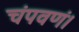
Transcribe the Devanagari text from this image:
चंपवणं।